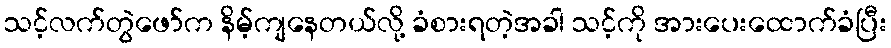
သင့်လက်တွဲဖော်က နိမ့်ကျနေတယ်လို့ ခံစားရတဲ့အခါ သင့်ကို အားပေးထောက်ခံပြီး